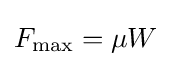
F_{\mathrm {max} }=\mu W